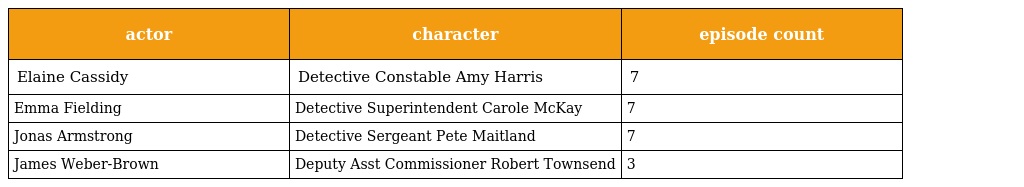
| actor | character | episode count |
 | --- | --- | --- |
 | Elaine Cassidy | Detective Constable Amy Harris | 7 |
 | Emma Fielding | Detective Superintendent Carole McKay | 7 |
 | Jonas Armstrong | Detective Sergeant Pete Maitland | 7 |
 | James Weber-Brown | Deputy Asst Commissioner Robert Townsend | 3 |